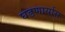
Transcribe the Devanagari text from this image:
घडणार्यास